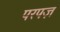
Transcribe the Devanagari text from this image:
परपज़